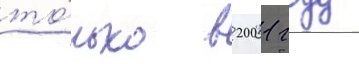
то́лько в 2001 году